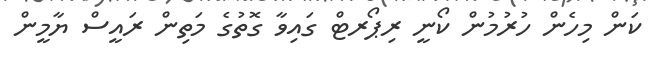
ކަން މިހެން ހުރުމުން ކޯނީ ރިޕޯރޓް ގައިވާ ގޮތުގެ މަތިން ރައީސް ޔާމީން